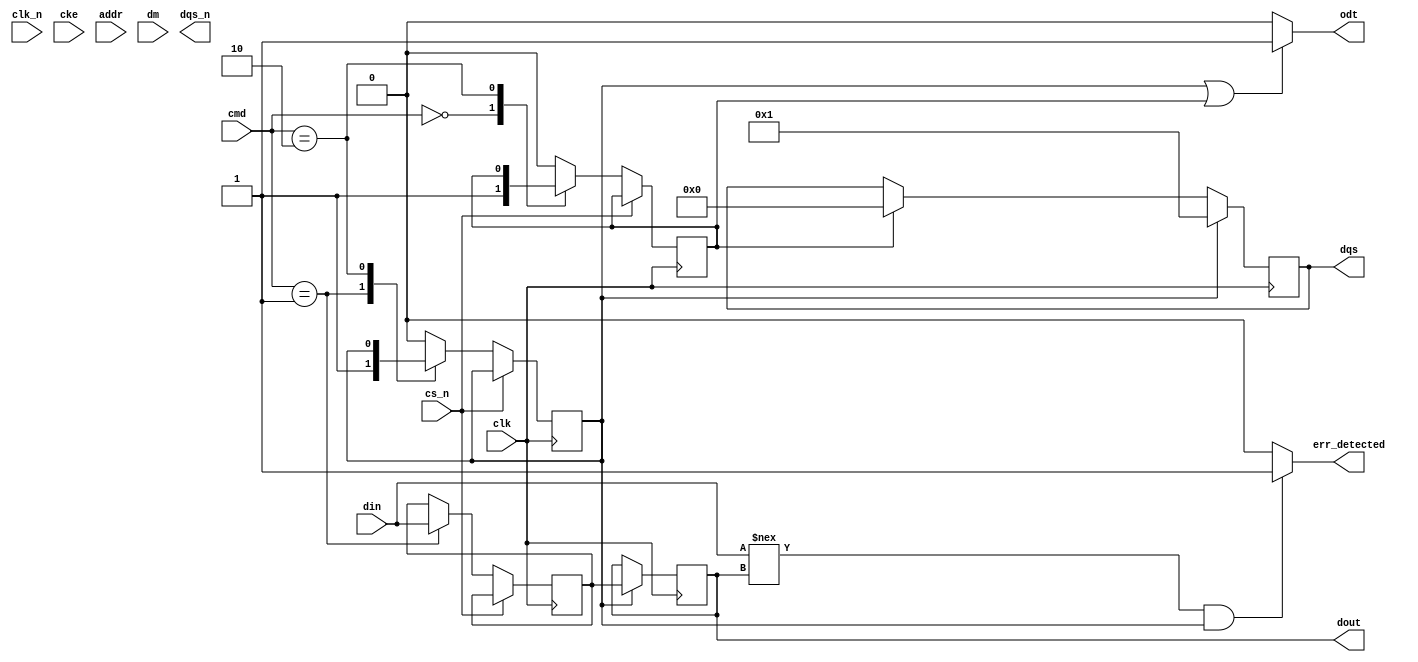
module ddr3_io_block (
    input wire clk,           // DDR3 clock
    input wire clk_n,         // Inverted DDR3 clock
    input wire cke,           // Clock enable
    input wire cs_n,          // Chip select
    input wire [15:0] din,    // Data input (16 bits for 16 data width)
    output wire [15:0] dout,   // Data output (16 bits for 16 data width)
    input wire [12:0] addr,   // Address input (12 bits)
    input wire [2:0] cmd,      // Command input (3 bits for READ, WRITE, PRECHARGE)
    input wire dm,            // Data mask input
    output wire odt,          // On-die termination
    output wire [15:0] dqs,   // Data strobe
    output wire [15:0] dqs_n,  // Inverted data strobe
    output wire err_detected   // Error detection signal
);

// Internal signals
reg [15:0] data_buffer;
reg [15:0] data_out_buffer;
reg write_enable;
reg read_enable;
reg [3:0] write_leveling_delay;

// Command decoding
always @(posedge clk) begin
    if (!cs_n) begin
        case (cmd)
            3'b000: begin // READ
                read_enable <= 1;
                write_enable <= 0;
            end
            3'b001: begin // WRITE
                read_enable <= 0;
                write_enable <= 1;
                data_buffer <= din; // Capture input data
            end
            3'b010: begin // PRECHARGE
                // Handle precharge logic
            end
            default: begin
                read_enable <= 0;
                write_enable <= 0;
            end
        endcase
    end
end

// Data I/O Buffers
always @(posedge clk) begin
    if (write_enable) begin
        // Write data to memory (simulation)
        dout <= data_buffer; // Output the data
        dqs <= 1; // Assert data strobe
    end else if (read_enable) begin
        // Simulate reading data from memory
        data_out_buffer <= dout; // Capture output data
        dqs <= 0; // Deassert data strobe
    end
end

// Write-Leveling Logic
always @(posedge clk) begin
    // Simple write leveling logic (for demonstration)
    write_leveling_delay <= write_leveling_delay + 1;
end

// Termination Control Logic
assign odt = (write_enable || read_enable) ? 1 : 0; // Enable ODT if reading or writing

// Error Detection Logic (Simple Example)
assign err_detected = (din !== dout && write_enable) ? 1 : 0;

// Slew Rate Control (Not Implemented)
// Power Management Logic (Not Implemented)
// Additional features such as BIST can be added here

endmodule